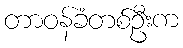
တာဝန်ခံတစ်ဦးက